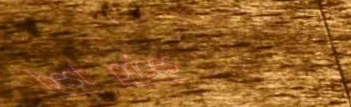
best prices